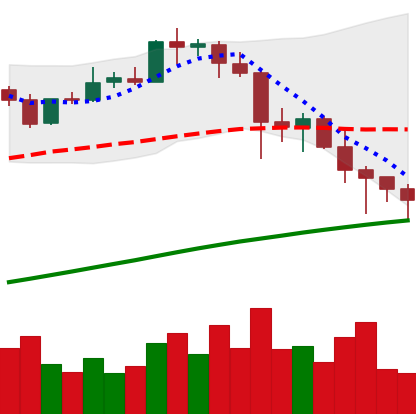
Ticker: BTC-USD
Chart end date: 2021-04-25
Forward return: 17.847%
Label: up_7plus